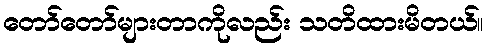
တော်တော်များတာကိုလည်း သတိထားမိတယ်။